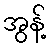
အွန့်